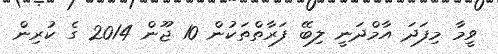
ވީމާ މިފަދަ އާމްދަނީ ލިބޭ ފަރާތްތަކުން 10 ޖޫން 2014 ގެ ކުރިން